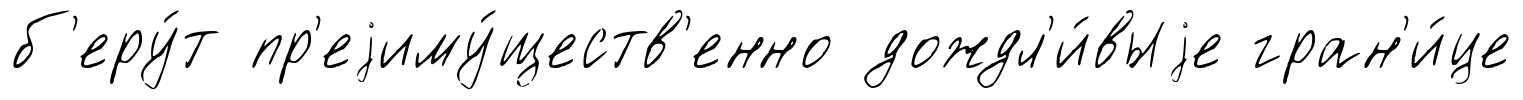
б'еру́т пр'еjиму́ществ'енно дождл'и́выjе гран'и́це